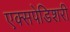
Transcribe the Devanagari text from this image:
एक्सपेडिशरी